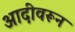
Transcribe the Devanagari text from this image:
आदीवरून